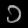
Digit: ၁